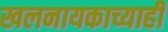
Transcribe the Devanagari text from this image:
खलनायकाच्याही